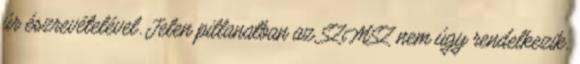
úr észrevételével. Jelen pillanatban az SZMSZ nem úgy rendelkezik,